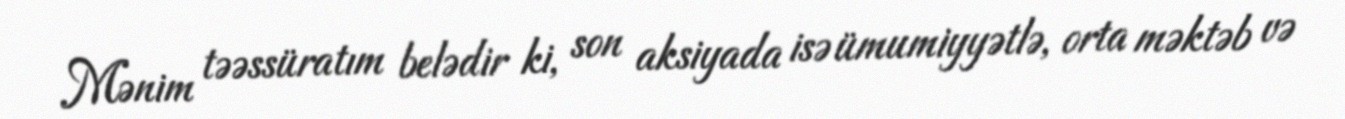
Mənim təəssüratım belədir ki, son aksiyada isə ümumiyyətlə, orta məktəb və